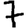
Digit: 7